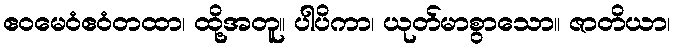
ဧဝမေဝံဧဝံတထာ၊ ထို့အတူ။ ပါပိကာ၊ ယုတ်မာစွာသော။ ဇာတိယာ၊